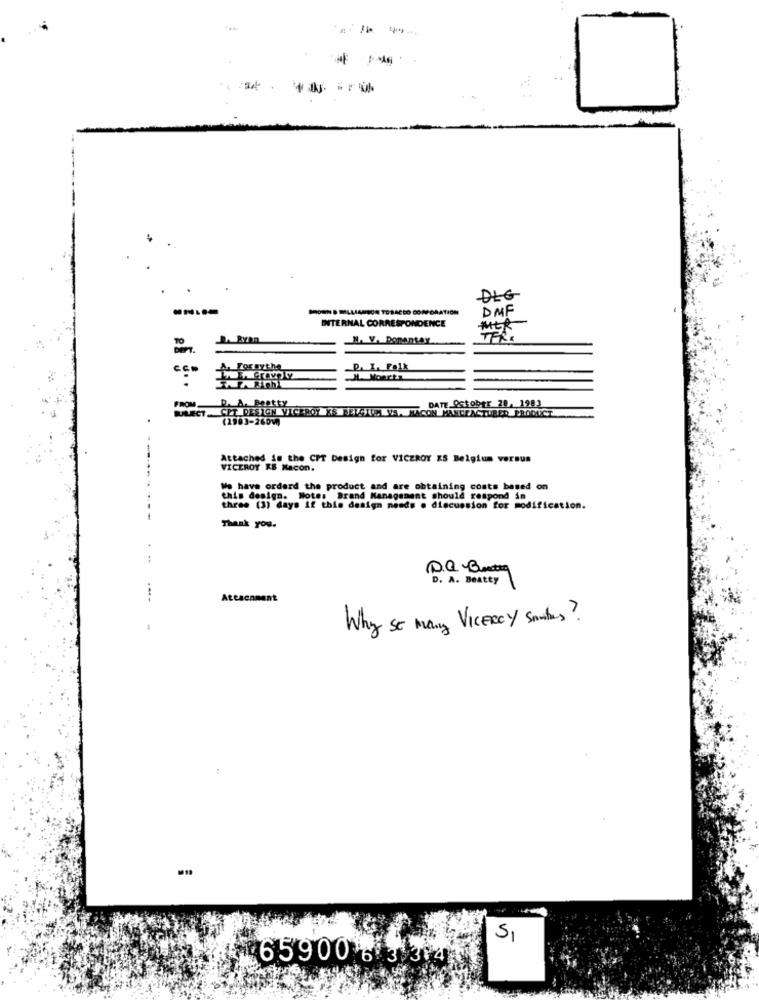
---
DIG
IND WILLIAMSON TOBACCO CORPORATION
DMF
INTERNAL CORRESPONDENCE
MER
H. V. Donentar
CED
A. Tornythe
P. I. Folk
IL. Moertz
FROM D. A. Beatty
DATE October 28, 1983
WILECT. CPT DESIGN VICEROY KS BELGIELLAMARON MANFRACTURED PRODUCT
(2983-260W)
..
Attached is the CPT Design for VICEROY KS Belgium versus
VICEROY KE Macon.
We have orderd the product and are obtaining costs based on
this design. Motes Brand Management should respond in
three (3) days if this design needs . discussion for modification.
--
Thank you.
P.Q Beteg
D. A. Beatty
Attachment
Why so many ViceRay soubes?
SI
659006 3 3143